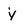
Character: y